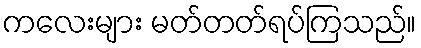
ကလေးများ မတ်တတ်ရပ်ကြသည်။